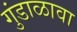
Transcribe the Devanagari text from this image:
गुंडाळावा